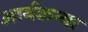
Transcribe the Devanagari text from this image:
आर्यकन्या